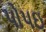
પોપઇ